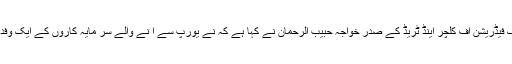
ان خیالات کا اظہار ایران پاک فیڈریشن آف کلچر اینڈ ٹریڈ کے صدر خواجہ حبیب الرحمان نے کہا ہے کہ نے یورپ سے آ نے والے سر مایہ کاروں کے ایک وفد سے گفتگو کرتے ہوئے کیا۔